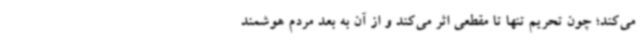
می‌کند؛ چون تحریم تنها تا مقطعی اثر می‌کند و از آن به بعد مردم هوشمند